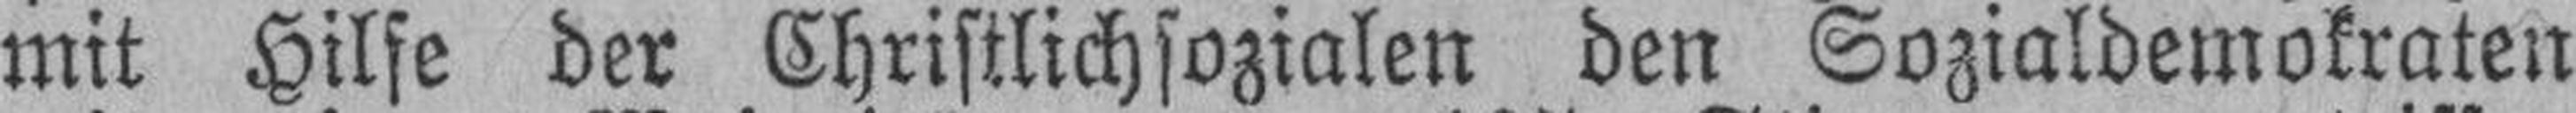
mit Hilfe der Christlichsozialen den Sozialdemokraten